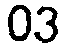
03